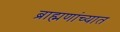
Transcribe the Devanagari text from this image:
ब्राह्मणांच्यात